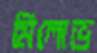
মিলোভ